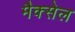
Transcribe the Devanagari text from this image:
मैक्सेल